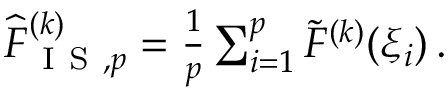
\begin{array} { r } { \widehat { F } _ { \mathrm { ~ I ~ S ~ } , p } ^ { ( k ) } = \frac { 1 } { p } \sum _ { i = 1 } ^ { p } \widetilde { F } ^ { ( k ) } ( \xi _ { i } ) \, . } \end{array}